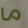
ما